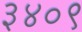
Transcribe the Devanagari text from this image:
३४०९